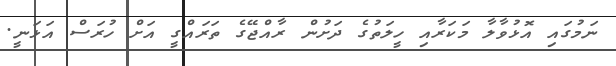
ނަމުގައި އޮޅުވާލާ މަކަރާއި ހީލަތުގެ ދަށުން ރާއްޖޭގެ ތަރައްގީ އަށް ހުރަސް އަޅަނީ.